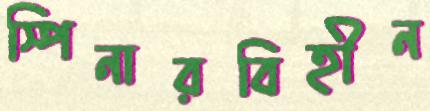
স্পিনারবিহীন